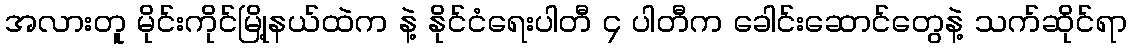
အလားတူ မိုင်းကိုင်မြို့နယ်ထဲက နဲ့ နိုင်ငံရေးပါတီ ၄ ပါတီက ခေါင်းဆောင်တွေနဲ့ သက်ဆိုင်ရာ